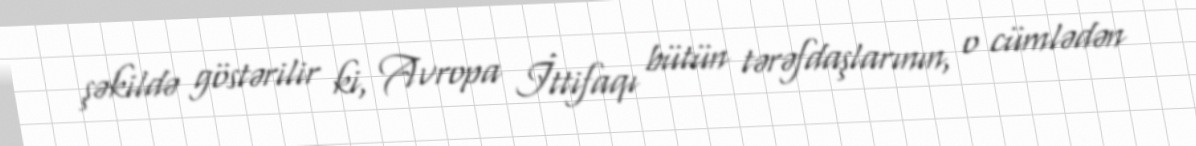
şəkildə göstərilir ki, Avropa İttifaqı bütün tərəfdaşlarının, o cümlədən